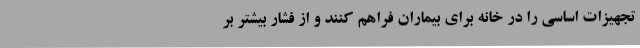
تجهیزات اساسی را در خانه برای بیماران فراهم کنند و از فشار بیشتر بر